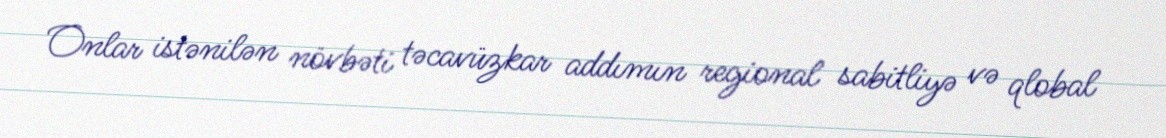
Onlar istənilən növbəti təcavüzkar addımın regional sabitliyə və qlobal